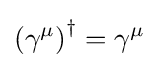
\left(\gamma ^{\mu }\right)^{\dagger }=\gamma ^{\mu }